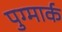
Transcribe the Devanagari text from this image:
पुग्मार्क